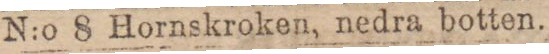
N:o 8 Hornskroken, nedra botten.